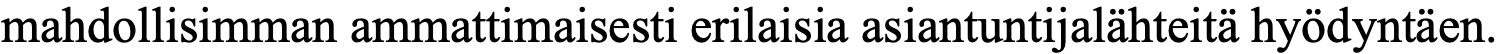
mahdollisimman ammattimaisesti erilaisia asiantuntijalähteitä hyödyntäen.